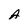
Character: A